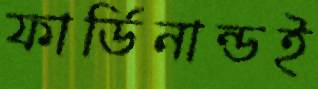
ফার্ডিনান্ডই